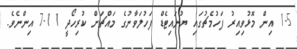
1-5 އިން މޮޅުވިއިރު ފަހުމެޗުގައި ޔުނައިޓެޑް ފަހުލަވާނުގެ މައްޗަށް ކުރިހޯދީ 11-7 އިންނެވެ.